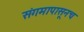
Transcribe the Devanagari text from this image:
संगमापासूनच